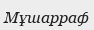
Мұшарраф